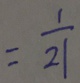
= \frac { 1 } { 2 1 }